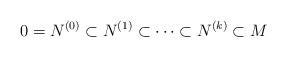
LaTeX: \begin{align*}0 = N^{(0)}\subset N^{(1)} \subset \cdots \subset N^{(k)} \subset M\end{align*}